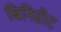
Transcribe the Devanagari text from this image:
बिनिग्नीट